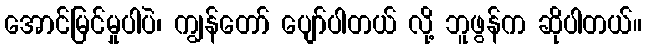
အောင်မြင်မှုပါပဲ၊ ကျွန်တော် ပျော်ပါတယ် လို့ ဘူဖွန်က ဆိုပါတယ်။